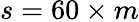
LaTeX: s=60\times m